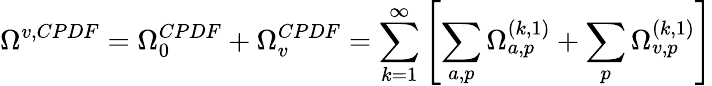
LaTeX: \Omega^{v,CPDF}=\Omega_{0}^{CPDF}+\Omega_{v}^{CPDF}=\sum_{k=1}^{\infty}\left[\sum_{a,p}\Omega_{a,p}^{(k,1)}+\sum_{p}\Omega_{v,p}^{(k,1)}\right]